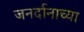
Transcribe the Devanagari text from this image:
जनर्दानाच्या